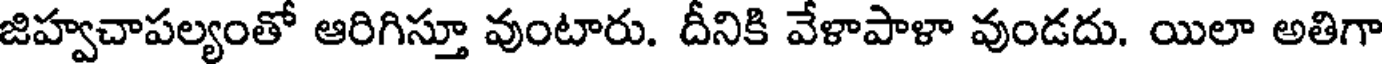
జిహ్వచాపల్యంతో ఆరిగిస్తూ వుంటారు. దీనికి వేళాపాళా వుండదు. యిలా అతిగా